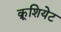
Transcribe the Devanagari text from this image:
क्रूशियेट